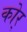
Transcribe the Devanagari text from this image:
कोर्